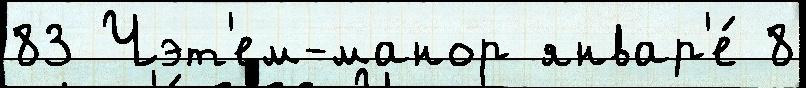
83 Чэт'ем-манор январ'е́ 8